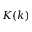
K ( k )